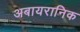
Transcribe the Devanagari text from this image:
अबायरानिक